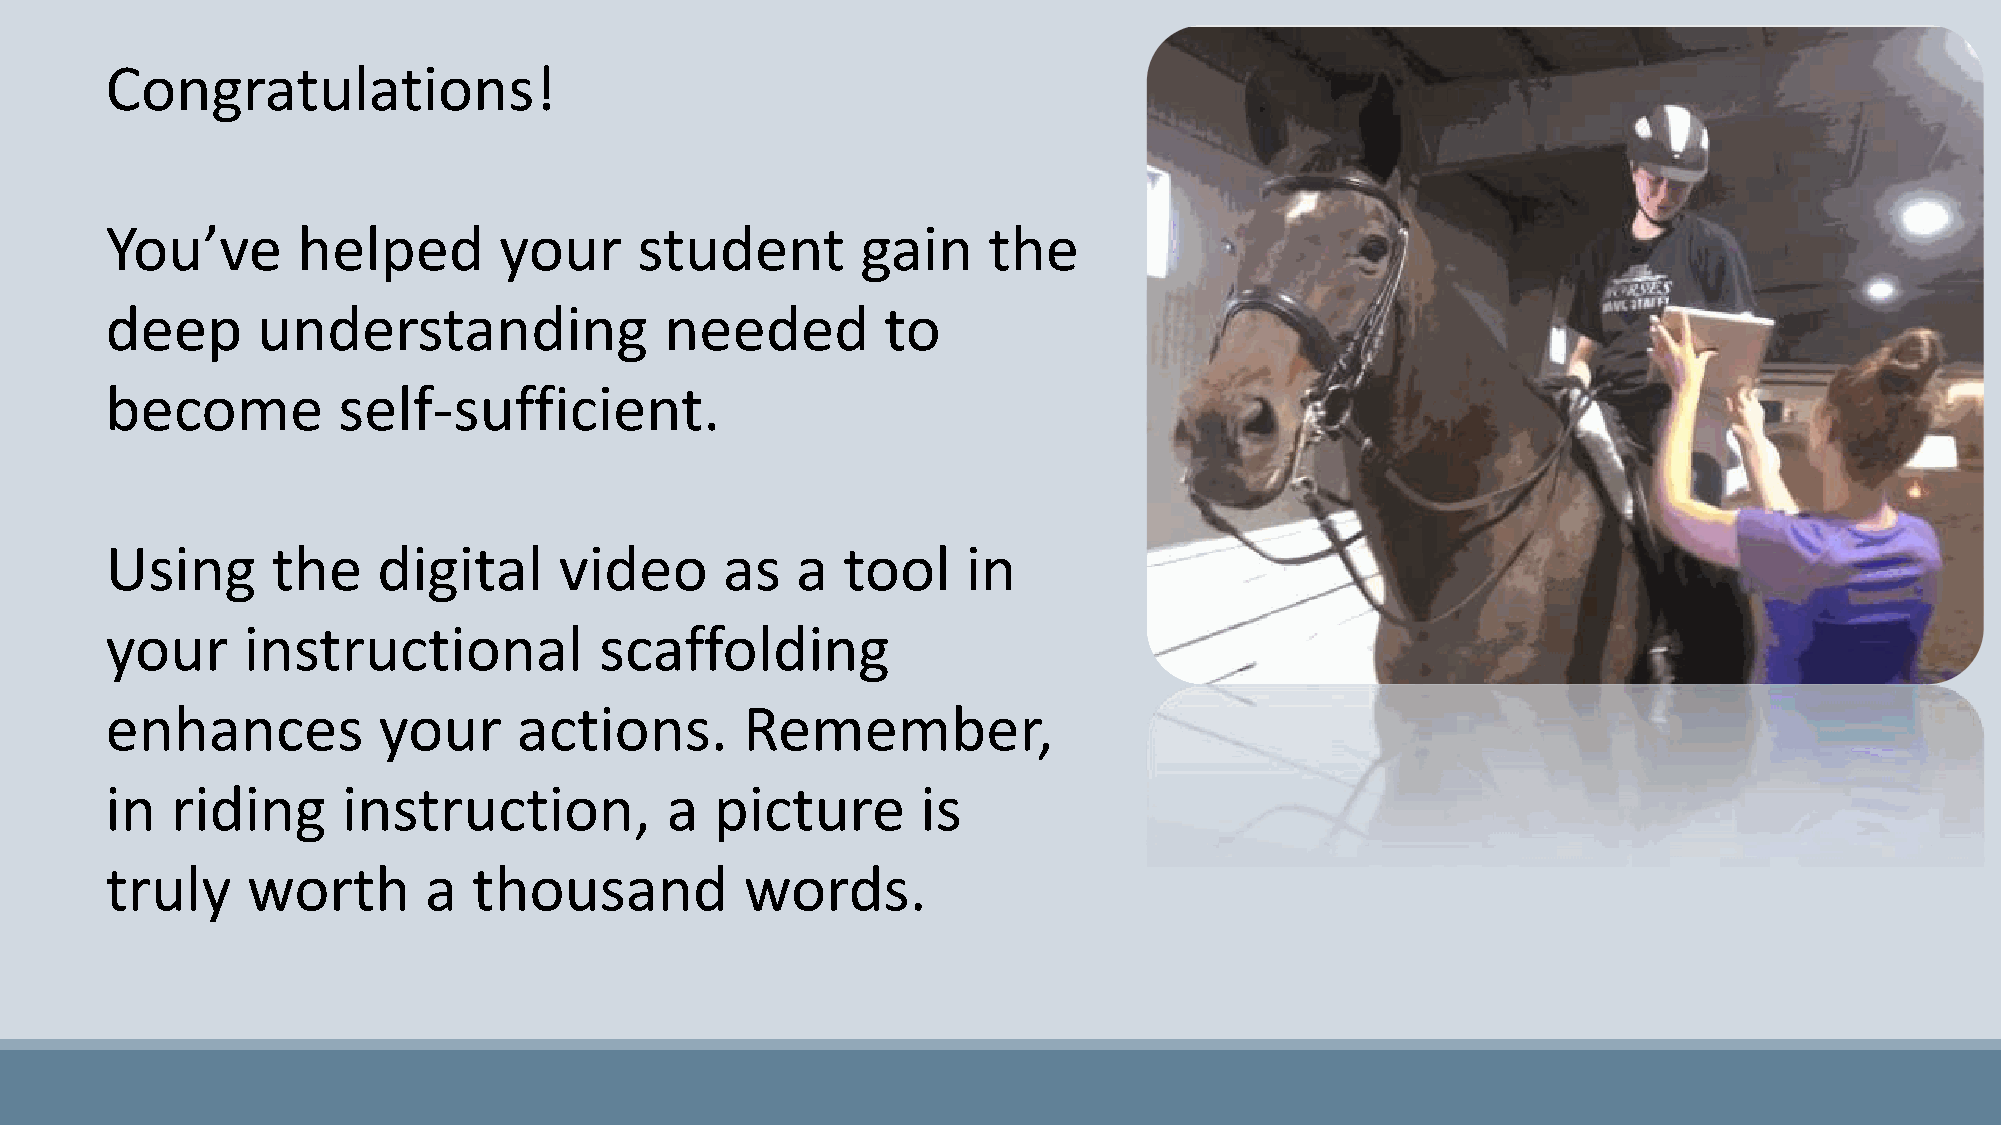
Congratulations!
 You’ve       helped       your     student        gain    the
 deep      understanding              needed         to
 become         self-sufficient.
 Using      the    digital     video      as   a  tool    in
 your     instructional           scaffolding
 enhances          your     actions.       Remember,
 in  riding      instruction,         a  picture       is
 truly    worth       a  thousand          words.